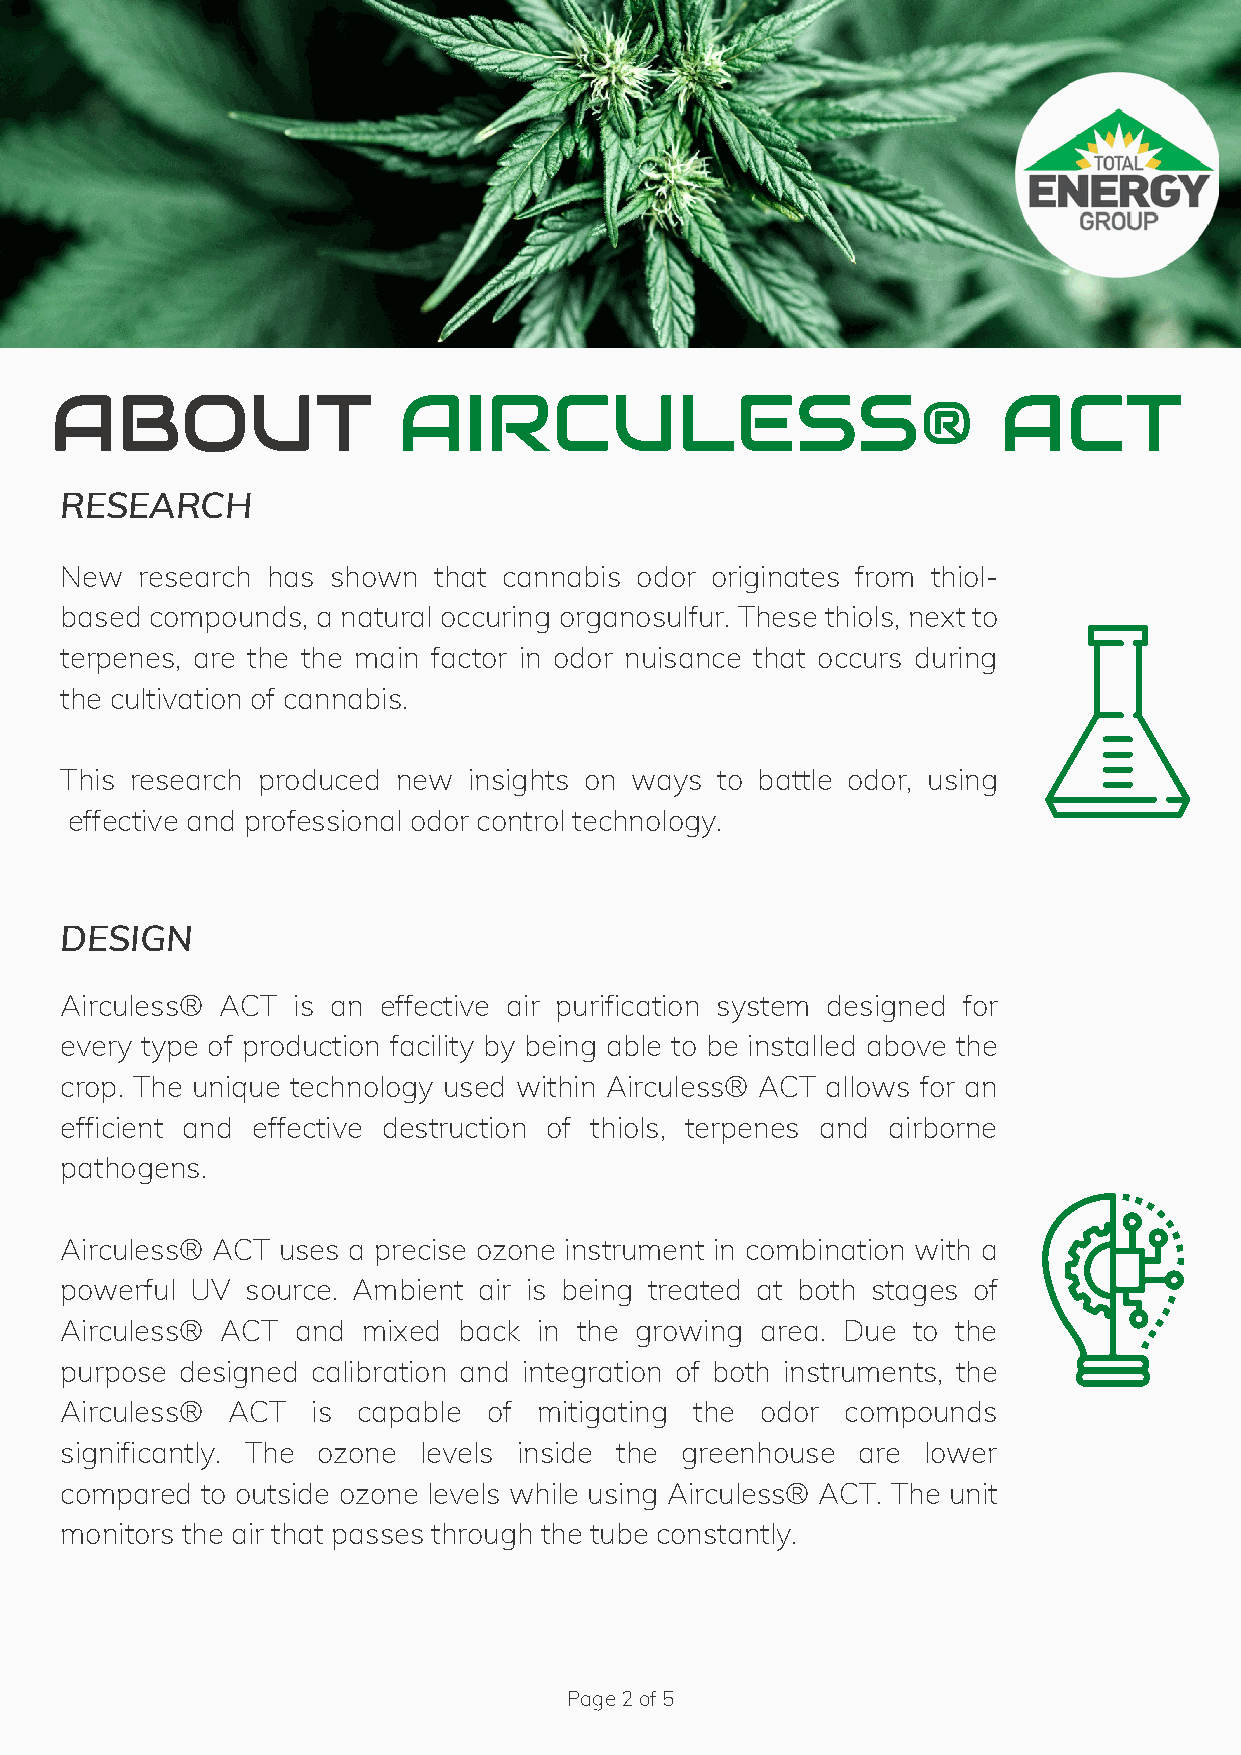
ABOUT                  AIRCULESS®                              ACT
 RESEARCH
 New  research has shown  that cannabis odor originates from thiol-
 based compounds, a natural occuring organosulfur. These thiols, next to
 terpenes, are the the main factor in odor nuisance that occurs during
 the cultivation of cannabis.
 This research produced new insights on ways to battle odor, using
 effective and professional odor control technology.
 DESIGN
 Airculess® ACT is an effective air purification system designed for
 every type of production facility by being able to be installed above the
 crop. The unique technology used within Airculess® ACT allows for an
 efficient and effective destruction of thiols, terpenes and airborne
 pathogens.
 Airculess® ACT uses a precise ozone instrument in combination with a
 powerful UV source. Ambient air is being treated at both stages of
 Airculess® ACT and  mixed back  in the growing area. Due to the
 purpose designed calibration and integration of both instruments, the
 Airculess® ACT   is capable of  mitigating the odor compounds
 significantly. The ozone levels inside the greenhouse are lower
 compared to outside ozone levels while using Airculess® ACT. The unit
 monitors the air that passes through the tube constantly.
 Page 2 of 5